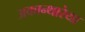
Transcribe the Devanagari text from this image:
अकान्थारेया